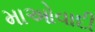
માઓવાદી